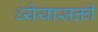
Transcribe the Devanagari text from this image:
ध्येयासक्ती